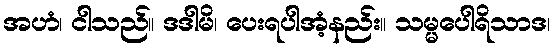
အဟံ၊ ငါသည်။ ဒဒါမိ၊ ပေးရပါအံ့နည်း။ သမ္မပေါရိသာဒ၊